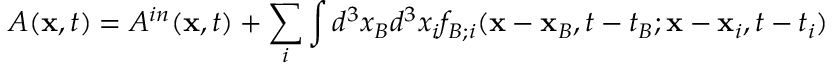
A ( { \bf x } , t ) = A ^ { i n } ( { \bf x } , t ) + \sum _ { i } \int d ^ { 3 } x _ { B } d ^ { 3 } x _ { i } f _ { B ; i } ( { \bf x } - { \bf x } _ { B } , t - t _ { B } ; { \bf x } - { \bf x } _ { i } , t - t _ { i } ) \nonumber \,